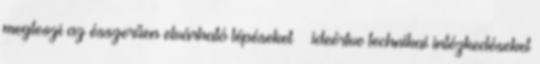
megteszi az ésszerűen elvárható lépéseket – ideértve technikai intézkedéseket